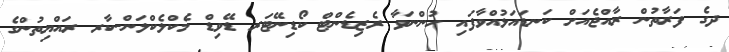
ދގެ ފަރާތުން ރާއްޖެއަށް ކަނޑައަޅުއްވާފައި ހުންނަވާ ރެޒިޑެންޓް ކޯޑިނޭޓަރ ޑޭވިޑް މެކްލެކްލަން-ކާރ ރައްޔިތުންގެ